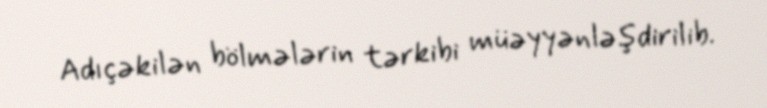
Adıçəkilən bölmələrin tərkibi müəyyənləşdirilib.